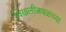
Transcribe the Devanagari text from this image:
चिखलीजवळच्या